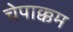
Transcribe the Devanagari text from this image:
चेपाक्कम